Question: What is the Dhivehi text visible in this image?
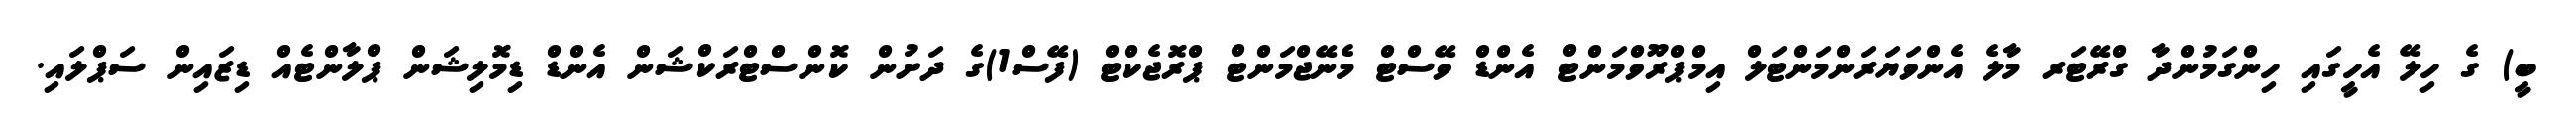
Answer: ބީ) ގެ ހިލޭ އެހީގައި ހިންގަމުންދާ ގްރޭޓަރ މާލެ އެންވަޔަރަންމަންޓަލް އިމްޕްރޫވްމަންޓް އެންޑް ވޭސްޓް މެނޭޖްމަންޓް ޕްރޮޖެކްޓް (ފޭސް1)ގެ ދަށުން ކޮންސްޓްރަކްޝަން އެންޑް ޑިމޮލިޝަން ޕްލާންޓެއް ޑިޒައިން ސަޕްލައި.